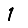
Digit: 1